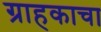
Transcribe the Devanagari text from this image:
ग्राहकाचा